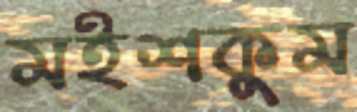
মইশকুম